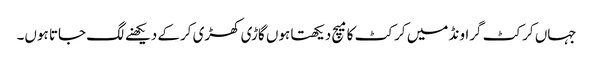
جہاں کرکٹ گراونڈ میں کرکٹ کامیچ دیکھتا ہوں گاڑی کھڑی کرکے دیکھنے لگ جاتا ہوں۔